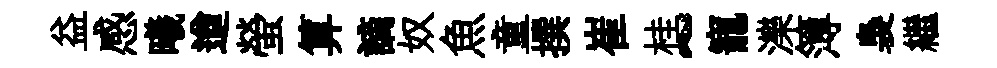
益感曦遒螢算謫奴魚童撰崔桂~寵濼簿裊繼